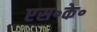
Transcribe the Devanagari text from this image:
एस॰के॰